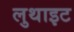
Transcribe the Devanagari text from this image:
लुथाइट